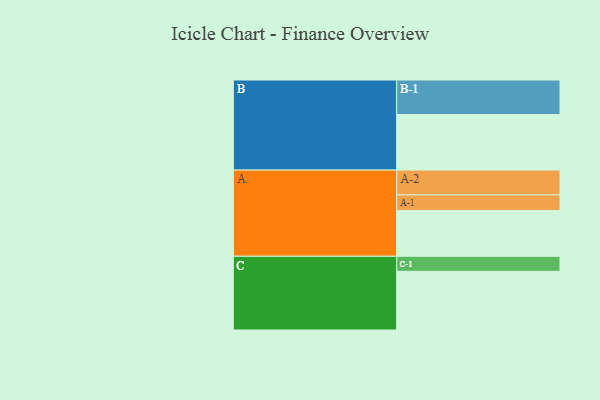
{"axis": {"x": "Segment", "y": "Value"}, "legend": ["", "A", "B", "C"], "data": [{"x": "A", "y": 385, "type": ""}, {"x": "B", "y": 469, "type": ""}, {"x": "C", "y": 495, "type": ""}, {"x": "A-1", "y": 133, "type": "A"}, {"x": "A-2", "y": 209, "type": "A"}, {"x": "B-1", "y": 291, "type": "B"}, {"x": "C-1", "y": 127, "type": "C"}]}